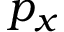
p _ { x }